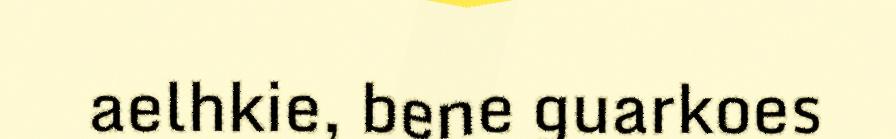
aelhkie, bene guarkoes